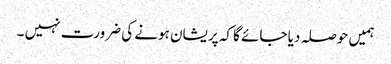
ہمیں حوصلہ دیا جائے گا کہ پریشان ہونے کی ضرورت نہیں ۔